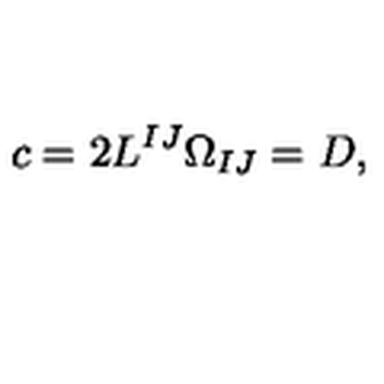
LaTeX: c = 2 L ^ { I J } \Omega _ { I J } = D ,